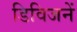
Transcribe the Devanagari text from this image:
डिविजनें